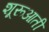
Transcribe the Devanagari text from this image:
शूरूआती